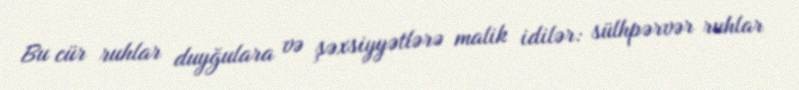
Bu cür ruhlar duyğulara və şəxsiyyətlərə malik idilər: sülhpərvər ruhlar